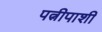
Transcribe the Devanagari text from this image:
पत्नीपाशी